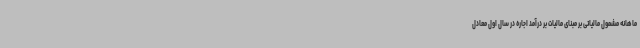
ماهانه مشمول مالیاتی بر مبنای مالیات بر درآمد اجاره در سال اول معادل